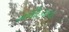
ખાલીદચાચા